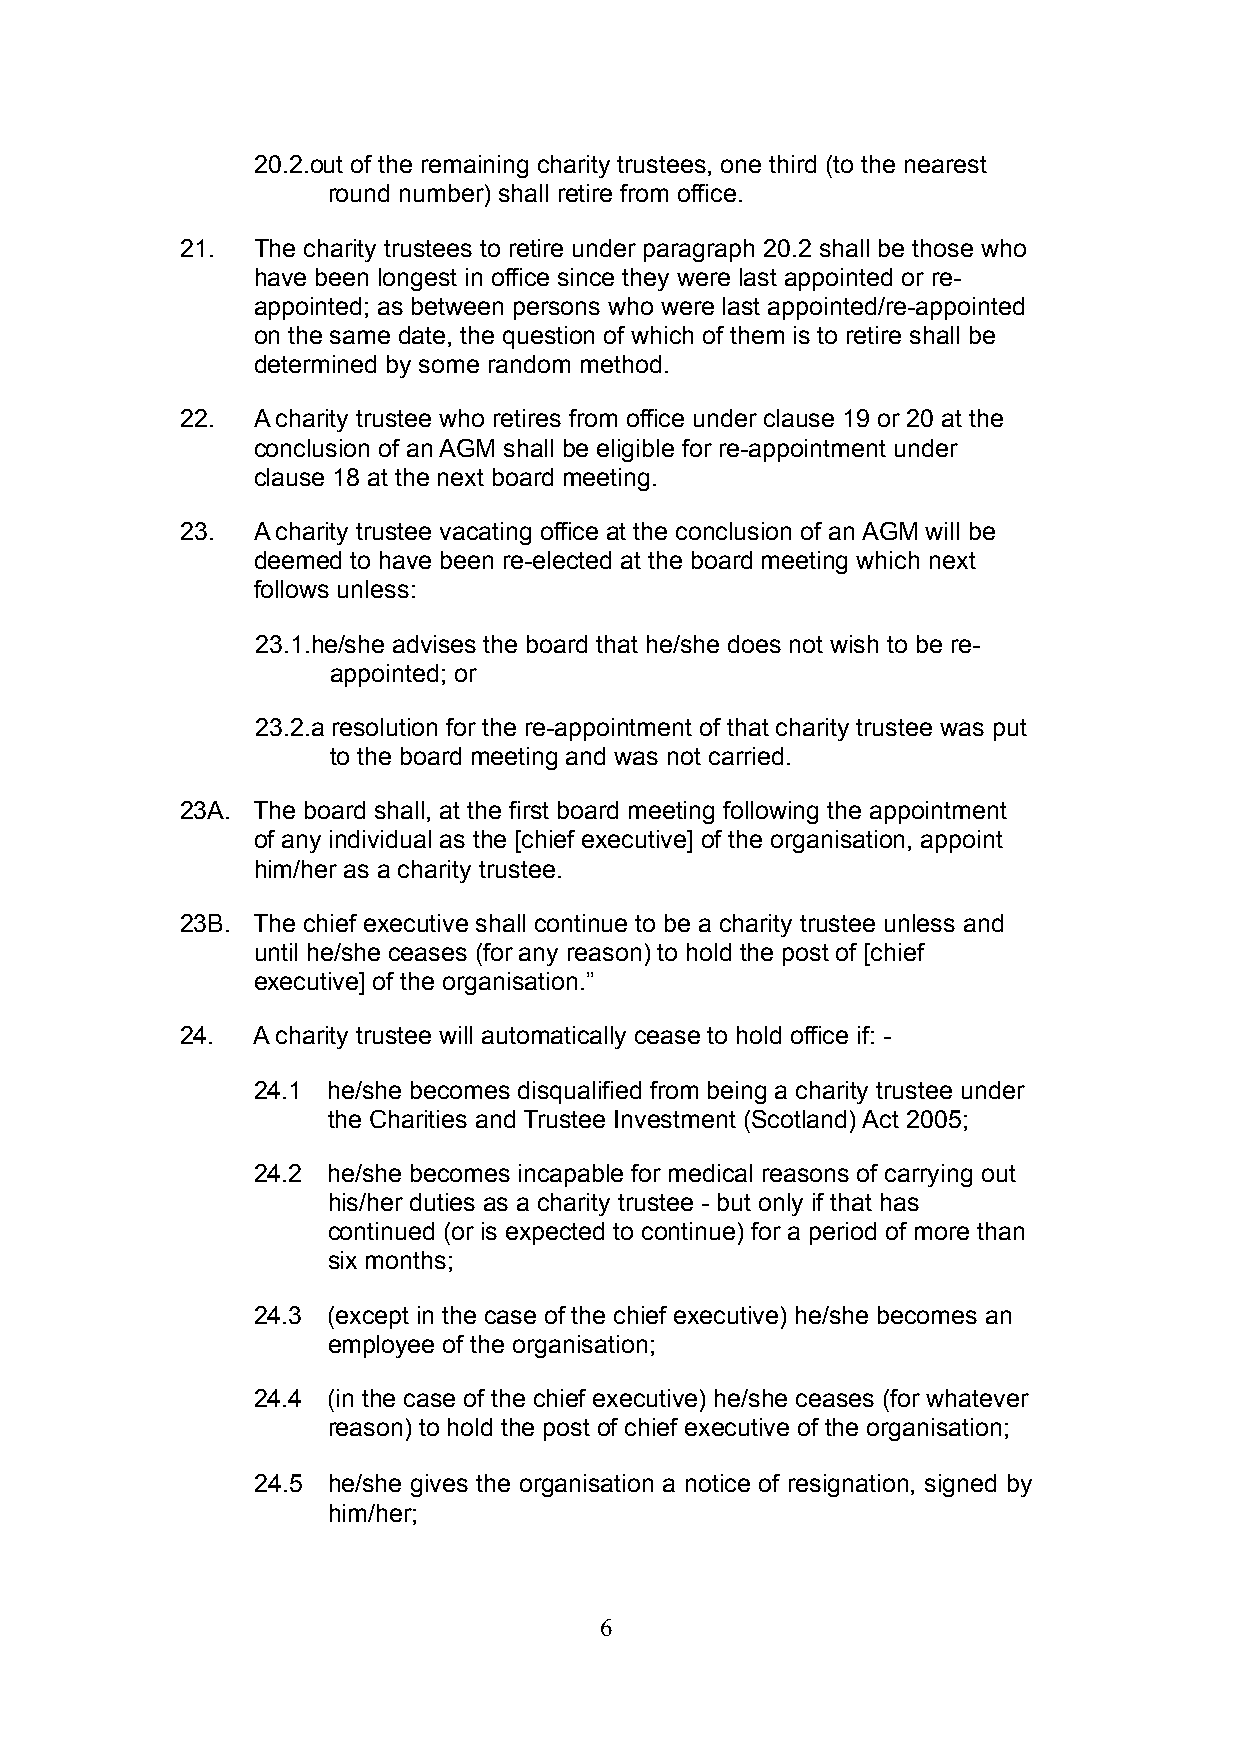
20.2.out of the remaining charity trustees, one third (to the nearest
 round number) shall retire from office.
 21.  The charity trustees to retire under paragraph 20.2 shall be those who
 have been longest in office since they were last appointed or re-
 appointed; as between persons who were last appointed/re-appointed
 on the same date, the question of which of them is to retire shall be
 determined by some random method.
 22.  A charity trustee who retires from office under clause 19 or 20 at the
 conclusion of an AGM shall be eligible for re-appointment under
 clause 18 at the next board meeting.
 23.  A charity trustee vacating office at the conclusion of an AGM will be
 deemed to have been re-elected at the board meeting which next
 follows unless:
 23.1.he/she advises the board that he/she does not wish to be re-
 appointed; or
 23.2.a resolution for the re-appointment of that charity trustee was put
 to the board meeting and was not carried.
 23A. The board shall, at the first board meeting following the appointment
 of any individual as the [chief executive] of the organisation, appoint
 him/her as a charity trustee.
 23B. The chief executive shall continue to be a charity trustee unless and
 until he/she ceases (for any reason) to hold the post of [chief
 executive] of the organisation.”
 24.  A charity trustee will automatically cease to hold office if: -
 24.1 he/she becomes disqualified from being a charity trustee under
 the Charities and Trustee Investment (Scotland) Act 2005;
 24.2 he/she becomes incapable for medical reasons of carrying out
 his/her duties as a charity trustee - but only if that has
 continued (or is expected to continue) for a period of more than
 six months;
 24.3 (except in the case of the chief executive) he/she becomes an
 employee of the organisation;
 24.4 (in the case of the chief executive) he/she ceases (for whatever
 reason) to hold the post of chief executive of the organisation;
 24.5 he/she gives the organisation a notice of resignation, signed by
 him/her;
 6